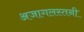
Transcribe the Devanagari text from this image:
अजागलस्तनी